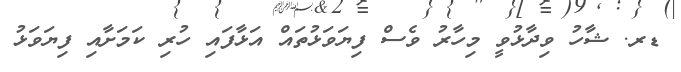
ޑރ. ޝާހު ވިދާޅުވީ މިހާރު ވެސް ފިޔަވަޅުތައް އަޅާފައި ހުރި ކަމަށާއި ފިޔަވަޅު